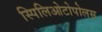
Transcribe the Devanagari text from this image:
स्पिलिओटोपोलस